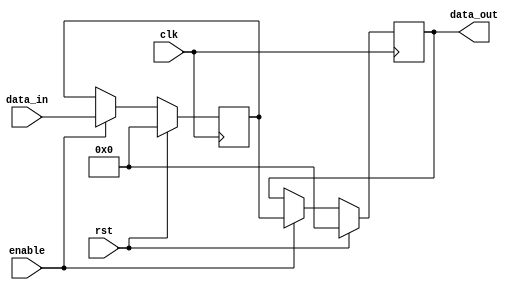
module latch_delay(
    input wire clk,
    input wire rst,
    input wire enable,
    input wire [7:0] data_in,
    output reg [7:0] data_out
);

reg [7:0] stored_data;

always @(posedge clk) begin
    if (rst) begin
        stored_data <= 8'b0;
        data_out <= 8'b0;
    end else if (enable) begin
        stored_data <= data_in;
        data_out <= stored_data;
    end
end

endmodule